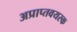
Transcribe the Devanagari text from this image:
अप्राप्तवयस्क